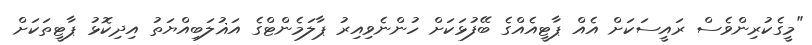
"މީގެކުރިންވެސް ރައީސަކަށް އެއް ޕާޓީއެއްގެ ބޭފުޅަކަށް ހުންނެވިއިރު ޕާލަމެންޓްގެ އަޣުލަބިއްޔަތު އިދިކޮޅު ޕާޓީތަކަށް